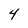
Character: 4